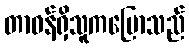
တာဝန်ရှိသူကပြောသည်